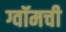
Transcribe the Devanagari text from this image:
ग्वॉमची